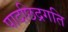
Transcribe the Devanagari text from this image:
पादछिद्रगति